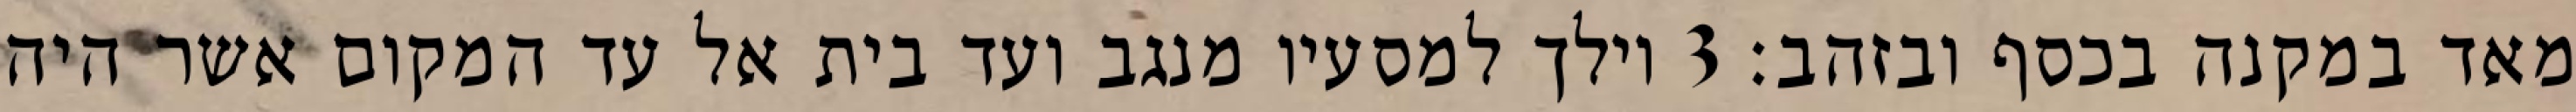
מאד במקנה בכסף ובזהב׃ ‎3‏ וילך למסעיו מנגב ועד בית אל עד המקום אשר היה